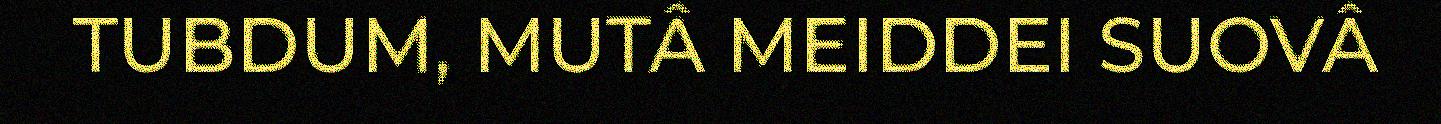
TUBDUM, MUTÂ MEIDDEI SUOVÂ